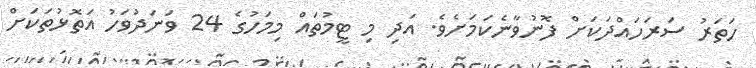
ހަތަރު ސަރަހައްދަކަށް ފޮނުވާނެކަމަށެވެ. އަދި މި ޓީމުތައް މިމަހުގެ 24 ވަނަދުވަހު އަތޮޅުތަކަށް